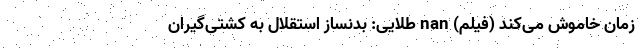
زمان خاموش می‌کند (فیلم) nan طلایی: بدنساز استقلال به کشتی‌گیران